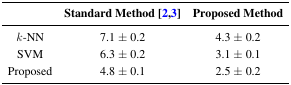
<table><thead><tr><td></td><td><b>Standard Method [2,3]</b></td><td><b>Proposed Method</b></td></tr></thead><tbody><tr><td><i>k</i>-NN</td><td>7.1 ± 0.2</td><td>4.3 ± 0.2</td></tr><tr><td>SVM</td><td>6.3 ± 0.2</td><td>3.1 ± 0.1</td></tr><tr><td>Proposed</td><td>4.8 ± 0.1</td><td>2.5 ± 0.2</td></tr></tbody></table>